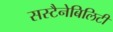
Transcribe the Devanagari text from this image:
सस्टैनेबिलिटी